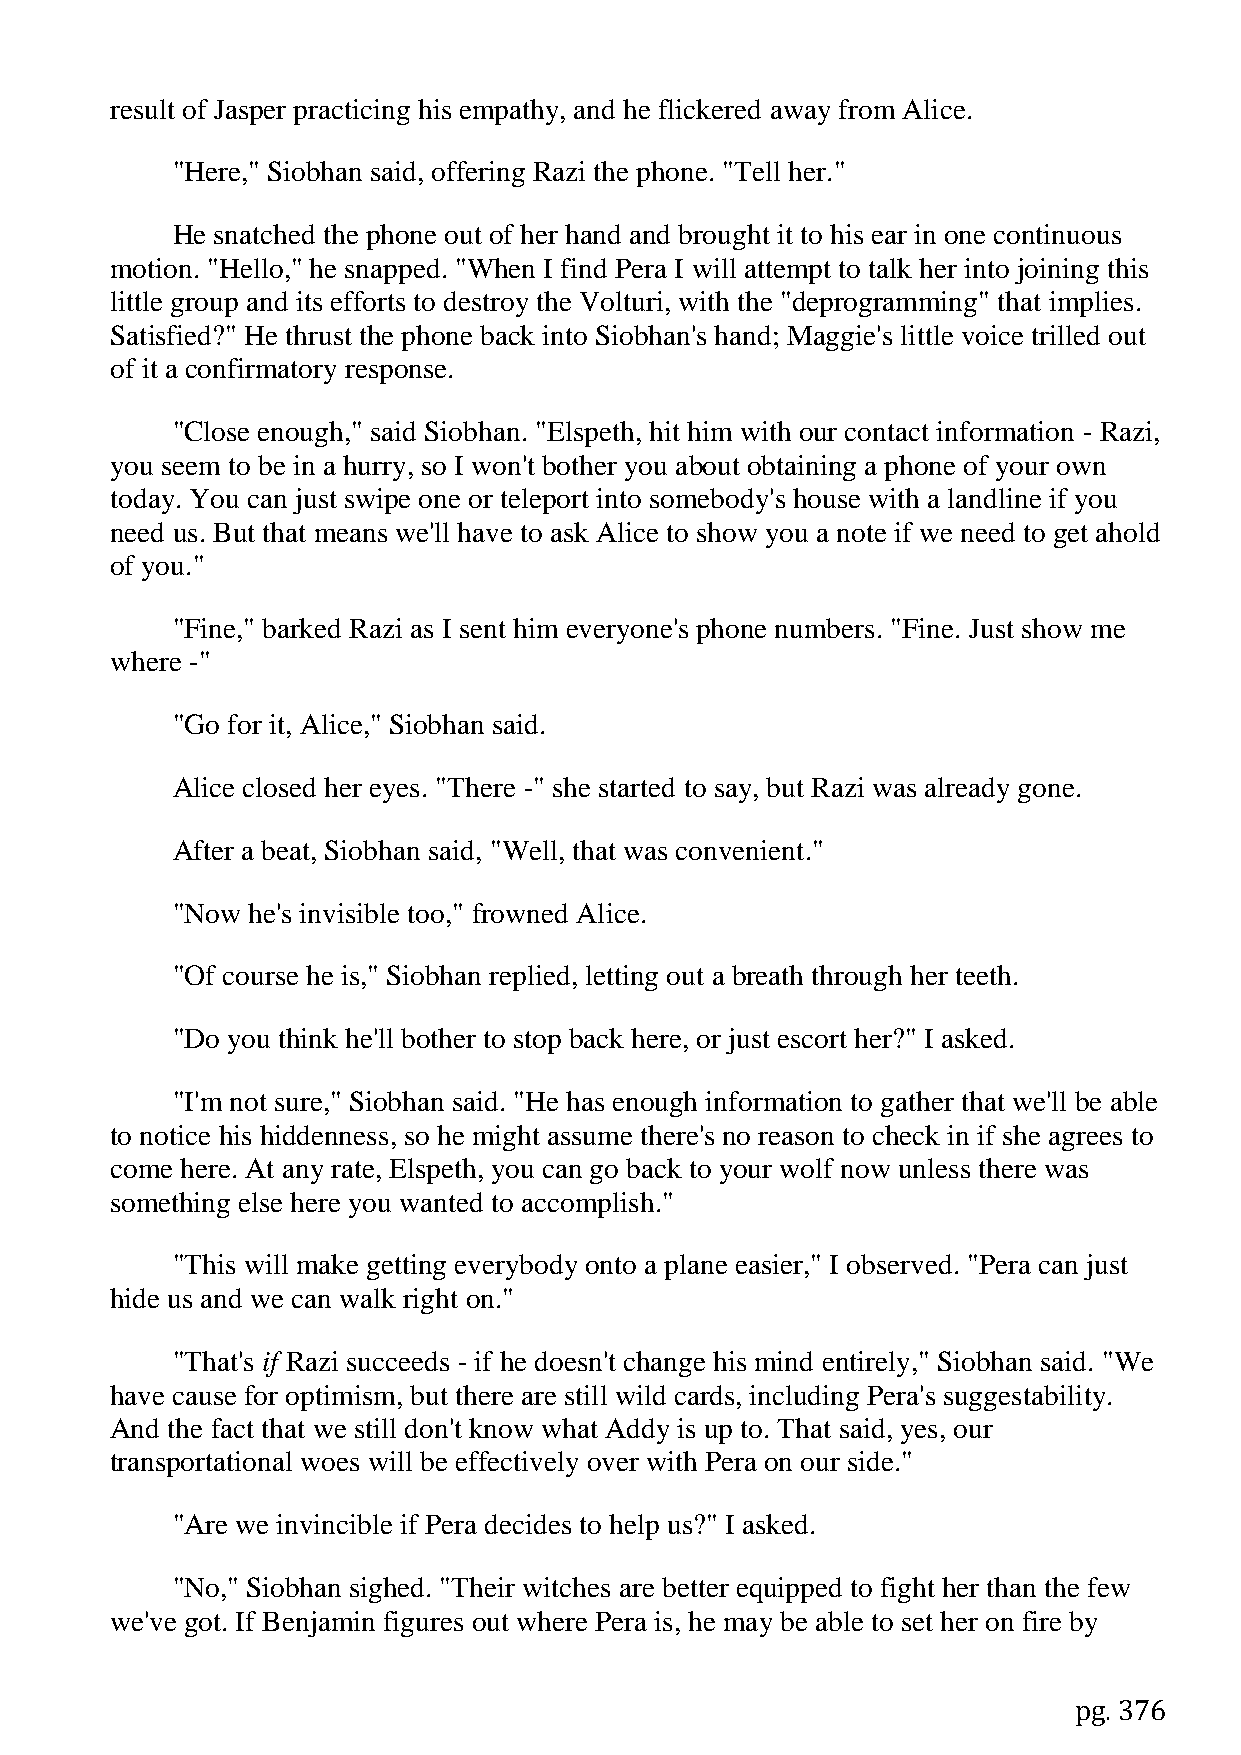
result of Jasper practicing his empathy, and he flickered away from Alice.
 "Here," Siobhan said, offering Razi the phone. "Tell her."
 He snatched the phone out of her hand and brought it to his ear in one continuous
 motion. "Hello," he snapped. "When I find Pera I will attempt to talk her into joining this
 little group and its efforts to destroy the Volturi, with the "deprogramming" that implies.
 Satisfied?" He thrust the phone back into Siobhan's hand; Maggie's little voice trilled out
 of it a confirmatory response.
 "Close enough," said Siobhan. "Elspeth, hit him with our contact information - Razi,
 you seem to be in a hurry, so I won't bother you about obtaining a phone of your own
 today. You can just swipe one or teleport into somebody's house with a landline if you
 need us. But that means we'll have to ask Alice to show you a note if we need to get ahold
 of you."
 "Fine," barked Razi as I sent him everyone's phone numbers. "Fine. Just show me
 where -"
 "Go for it, Alice," Siobhan said.
 Alice closed her eyes. "There -" she started to say, but Razi was already gone.
 After a beat, Siobhan said, "Well, that was convenient."
 "Now he's invisible too," frowned Alice.
 "Of course he is," Siobhan replied, letting out a breath through her teeth.
 "Do you think he'll bother to stop back here, or just escort her?" I asked.
 "I'm not sure," Siobhan said. "He has enough information to gather that we'll be able
 to notice his hiddenness, so he might assume there's no reason to check in if she agrees to
 come here. At any rate, Elspeth, you can go back to your wolf now unless there was
 something else here you wanted to accomplish."
 "This will make getting everybody onto a plane easier," I observed. "Pera can just
 hide us and we can walk right on."
 "That's if Razi succeeds - if he doesn't change his mind entirely," Siobhan said. "We
 have cause for optimism, but there are still wild cards, including Pera's suggestability.
 And the fact that we still don't know what Addy is up to. That said, yes, our
 transportational woes will be effectively over with Pera on our side."
 "Are we invincible if Pera decides to help us?" I asked.
 "No," Siobhan sighed. "Their witches are better equipped to fight her than the few
 we've got. If Benjamin figures out where Pera is, he may be able to set her on fire by
 pg. 376